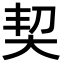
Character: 契